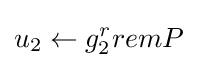
u_{2}\leftarrow g_{2}^{r}remP